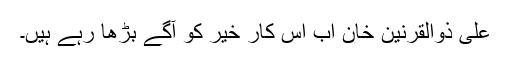
علی ذوالقرنین خان اب اس کار خیر کو آگے بڑھا رہے ہیں۔